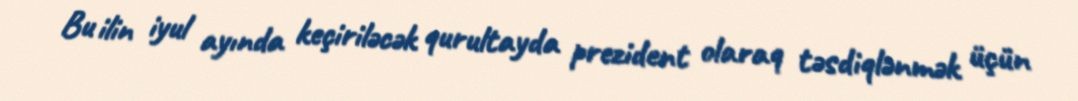
Bu ilin iyul ayında keçiriləcək qurultayda prezident olaraq təsdiqlənmək üçün